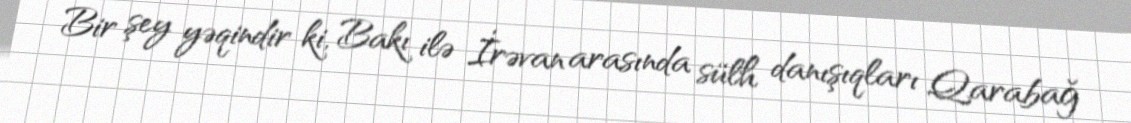
Bir şey yəqindir ki, Bakı ilə İrəvan arasında sülh danışıqları Qarabağ